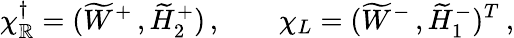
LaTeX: \chi_{\mathbb{R}}^{\dagger}=({\widetilde{W}^{+}}\, ,{\widetilde{{H}}_{2}^{+}})\, ,\qquad\chi_{L}=({\widetilde{{W}}^{-}}\, ,{\widetilde{{H}}_{1}^{-}})^{T}\: ,